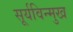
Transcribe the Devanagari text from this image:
सूर्यविन्मुख